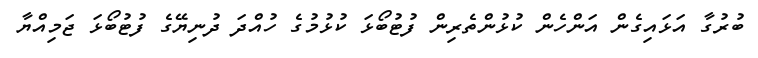
ބުރުގާ އަޅައިގެން އަންހެން ކުޅުންތެރިން ފުޓުބޯޅަ ކުޅުމުގެ ހުއްދަ ދުނިޔޭގެ ފުޓުބޯޅަ ޖަމިއްޔާ